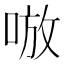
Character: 𰇷